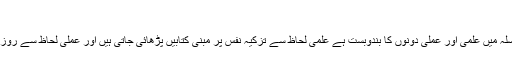
تزکیہ نفس:
تعلیم کا مقصد نفس امارہ پر غلبہ اور روح کو پاک وپاکیزہ بنانا ہے اس سلسلہ میں علمی اور عملی دونوں کا بندوبست ہے علمی لحاظ سے تزکیہ نفس پر مبنی کتابیں پڑھائی جاتی ہیں اور عملی لحاظ سے روز مرہ کے ذکر وافکار ورد و وظائف باقاعدگی سے کلاس میں بجالاتے ہیں۔